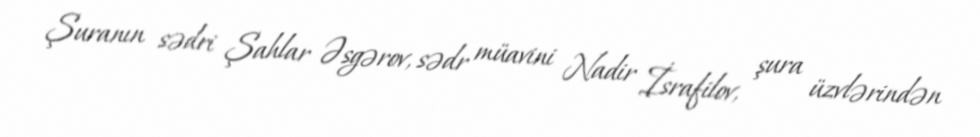
Şuranın sədri Şahlar Əsgərov, sədr müavini Nadir İsrafilov, şura üzvlərindən